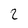
Character: 2